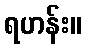
ရဟန်း။